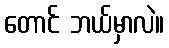
တောင် ဘယ်မှာလဲ။